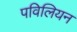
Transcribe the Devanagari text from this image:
पविलियन